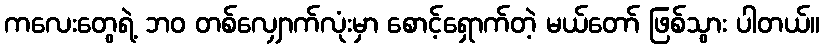
ကလေးတွေရဲ့ ဘဝ တစ်လျှောက်လုံးမှာ စောင့်ရှောက်တဲ့ မယ်တော် ဖြစ်သွား ပါတယ်။